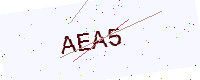
Text: AEA5